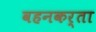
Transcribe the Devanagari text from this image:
वहनकर्ता